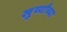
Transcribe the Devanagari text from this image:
खुर्च्यांच्या